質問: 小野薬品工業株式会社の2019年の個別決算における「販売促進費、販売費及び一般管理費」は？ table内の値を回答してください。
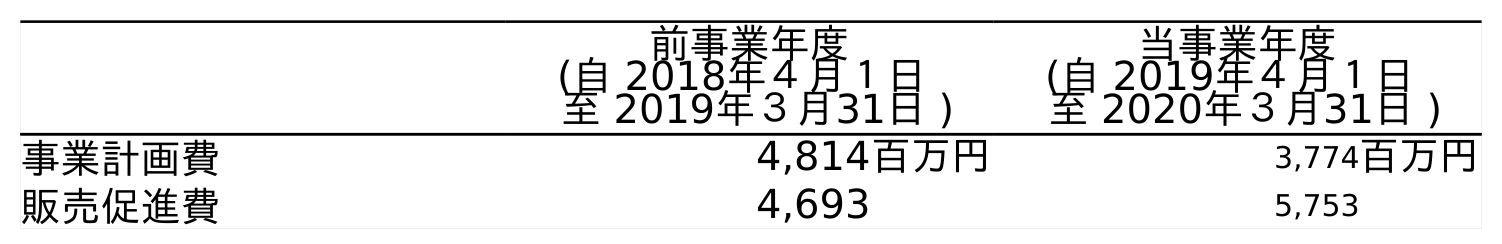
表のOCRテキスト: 前事業年度 (自 2018年４月１日 至 2019年３月31日 ) 当事業年度 (自 2019年４月１日 至 2020年３月31日 ) 事業計画費 4,814百万円 3,774百万円 販売促進費 4,693 5,753
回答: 4,693